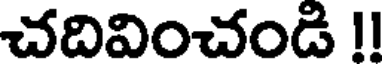
చదివించండి !!